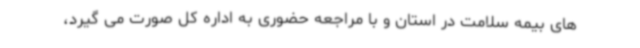
های بیمه سلامت در استان و با مراجعه حضوری به اداره کل صورت می گیرد،